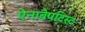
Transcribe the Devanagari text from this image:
ऐनाबैपटिस्ट